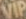
VIP